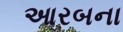
આરબના